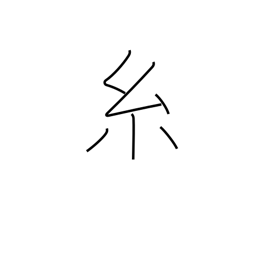
Meaning: thread